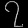
Digit: ၇